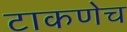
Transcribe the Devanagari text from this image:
टाकणेच